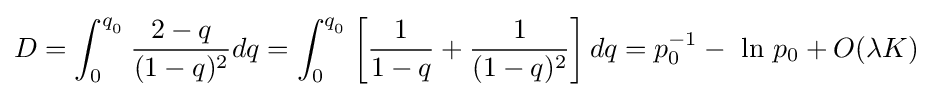
D=\int _{0}^{q_{_{0}}}{\frac {2-q}{(1-q)^{2}}}dq=\int _{0}^{q_{_{0}}}\left[{\frac {1}{1-q}}+{\frac {1}{(1-q)^{2}}}\right]dq=p_{0}^{-1}-{\mbox{ ln }}p_{0}+O(\lambda K)